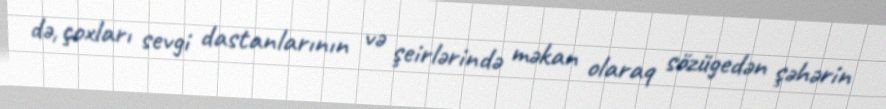
də, çoxları sevgi dastanlarının və şeirlərində məkan olaraq sözügedən şəhərin